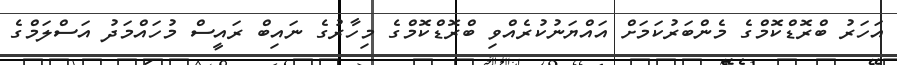
އަހަރު ބްރޮޑްކޮމްގެ މެންބަރުކަމަށް އައްޔަނުކުރެއްވި ބްރޮޑްކޮމްގެ މިހާރުގެ ނައިބް ރައީސް މުހައްމަދު އަސްލަމްގެ